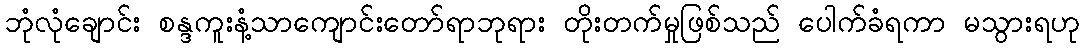
ဘုံလုံချောင်း စန္ဒကူးနံ့သာကျောင်းတော်ရာဘုရား တိုးတက်မှုဖြစ်သည် ပေါက်ခံရကာ မသွားရဟု